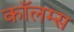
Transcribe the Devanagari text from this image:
कॉलम्स